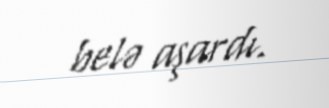
belə aşardı.